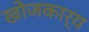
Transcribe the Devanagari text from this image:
खोजकार्य